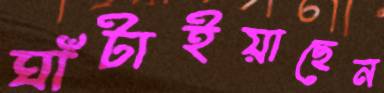
ঘাঁটাইয়াছেন